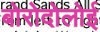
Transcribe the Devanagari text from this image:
बोरोदोलोई